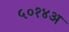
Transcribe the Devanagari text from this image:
५०१४अ